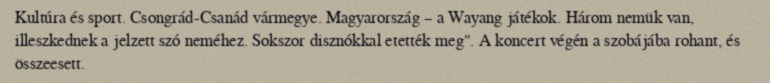
Kultúra és sport. Csongrád-Csanád vármegye. Magyarország – a Wayang játékok. Három nemük van, illeszkednek a jelzett szó neméhez. Sokszor disznókkal etették meg". A koncert végén a szobájába rohant, és összeesett.